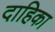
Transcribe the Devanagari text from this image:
दाहिका